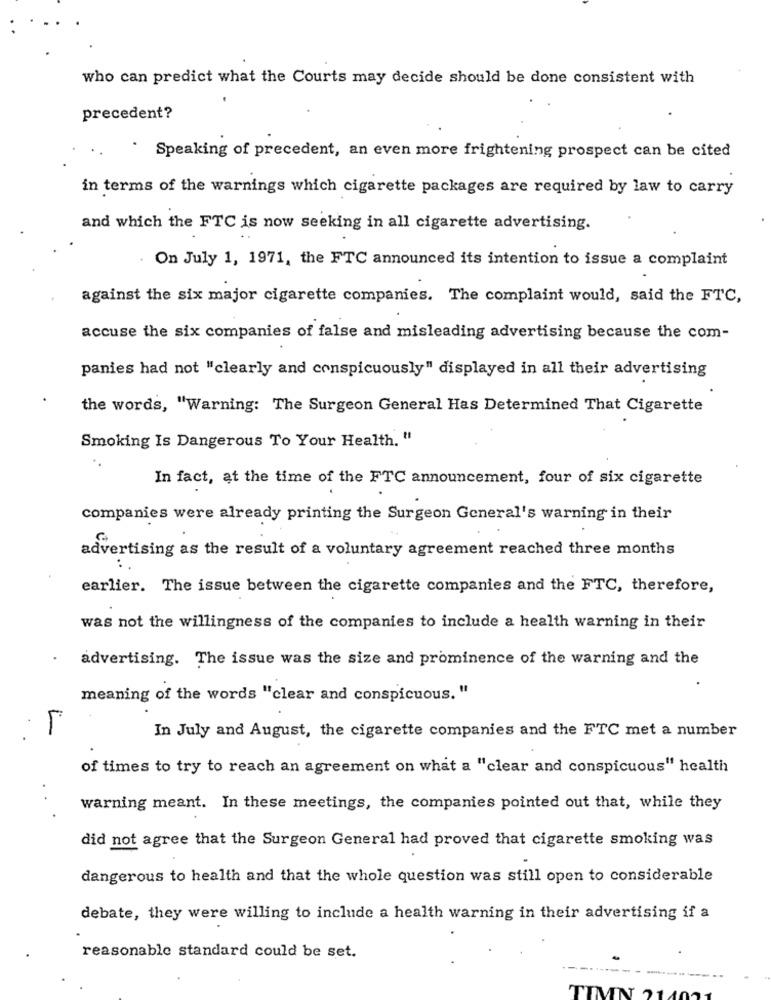
who can predict what the Courts may decide should be done consistent with
precedent?
. Speaking of precedent, an even more frightening prospect can be cited
in terms of the warnings which cigarette packages are required by law to carry
and which the FTC is now seeking in all cigarette advertising.
. On July 1, 1971, the FTC announced its intention to issue a complaint
against the six major cigarette companies. The complaint would, said the FTC,
accuse the six companies of false and misleading advertising because the com-
panies had not "clearly and conspicuously" displayed in all their advertising
the words, "Warning: The Surgeon General Has Determined That Cigarette
Smoking Is Dangerous To Your Health. "
In fact, at the time of the FTC announcement, four of six cigarette
companies were already printing the Surgeon General's warning in their
advertising as the result of a voluntary agreement reached three months
earlier. The issue between the cigarette companies and the FTC, therefore,
was not the willingness of the companies to include a health warning in their
advertising. The issue was the size and prominence of the warning and the
meaning of the words "clear and conspicuous. "
In July and August, the cigarette companies and the FTC met a number
of times to try to reach an agreement on what a "clear and conspicuous" health
warning meant. In these meetings, the companies pointed out that, while they
did not agree that the Surgeon General had proved that cigarette smoking was
dangerous to health and that the whole question was still open to considerable
debate, they were willing to include a health warning in their advertising if a
reasonable standard could be set.
TIMN